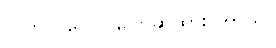
လတ်တလော ပြောဆိုထားပါတယ်။